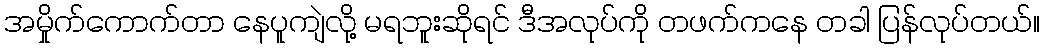
အမှိုက်ကောက်တာ နေပူကျဲလို့ မရဘူးဆိုရင် ဒီအလုပ်ကို တဖက်ကနေ တခါ ပြန်လုပ်တယ်။